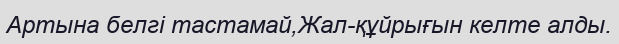
Артына белгі тастамай,Жал-құйрығын келте алды.